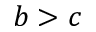
b > c